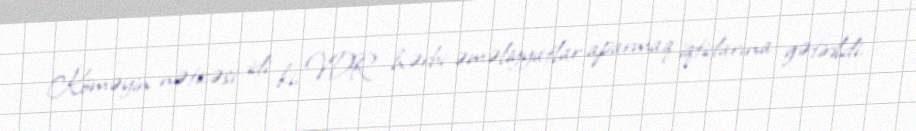
Köməyin nəticəsi idi ki, VDR hərbi əməliyyatlar aparmaq iqtidarına gətirildi,